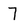
Character: 7